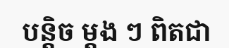
បន្តិច ម្តង ៗ ពិតជា